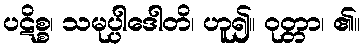
ပဋိစ္စ၊ သမုပ္ပါဒေါတိ၊ ဟူ၍။ ဝုတ္တာ၊ ၏။